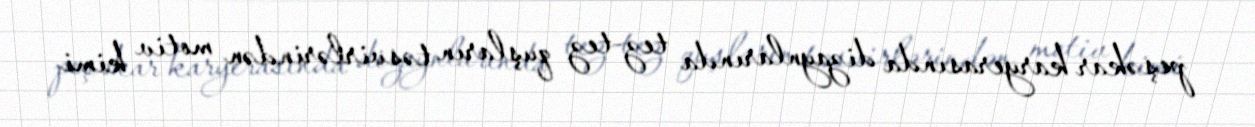
peşəkar karyerasında dizaynlarında tez-tez quşların təsvirlərindən motiv kimi